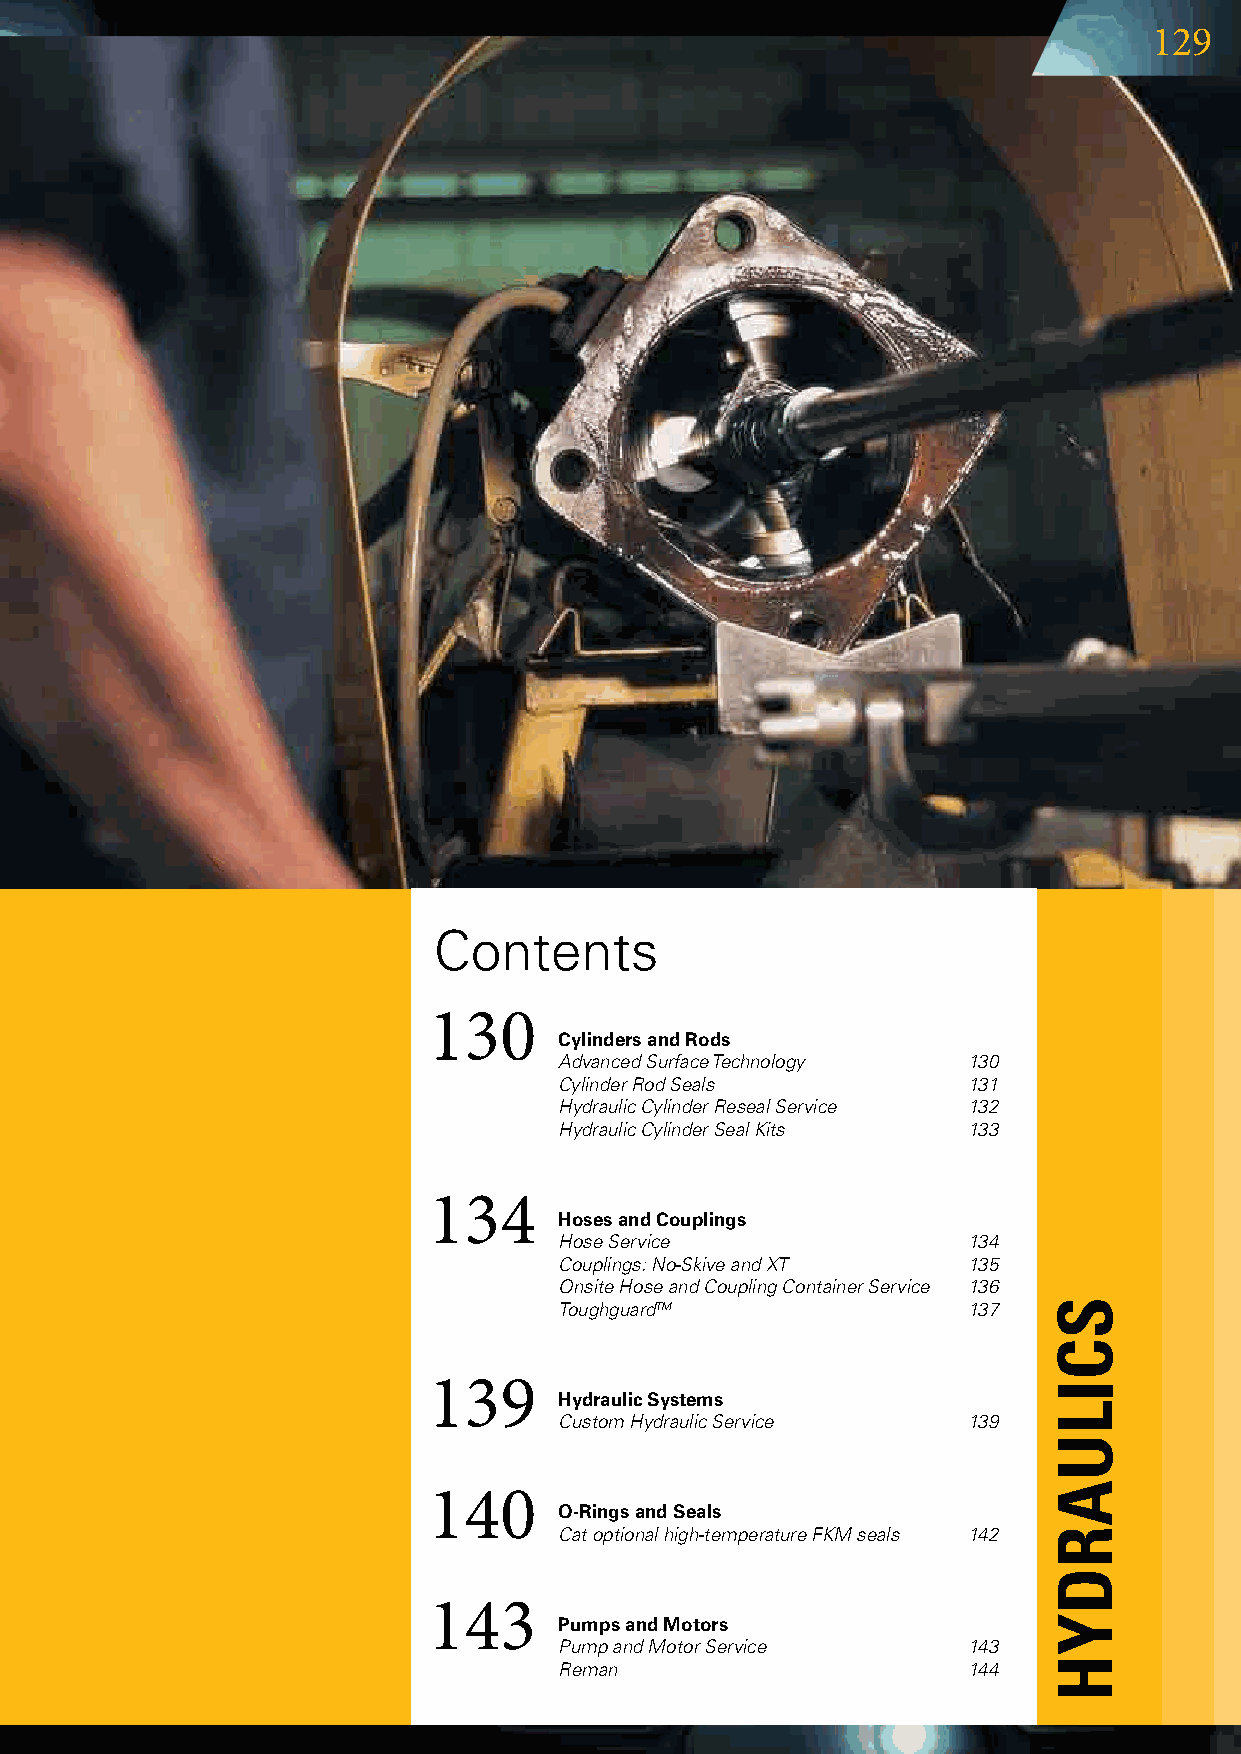
129
 Contents
 130
 Cylinders and Rods
 Advanced Surface Technology 130
 Cylinder Rod Seals         131
 Hydraulic Cylinder Reseal Service 132
 Hydraulic Cylinder Seal Kits 133
 134
 Hoses and Couplings
 Hose Service               134
 Couplings: No-Skive and XT 135
 Onsite Hose and Coupling Container Service 136
 ToughguardTM               137
 139
 Hydraulic Systems
 Custom Hydraulic Service   139
 140
 O-Rings and Seals
 Cat optional high-temperature FKM seals 142
 143
 Pumps and Motors
 Pump and Motor Service     143
 Reman                      144
 sCILuARdYH